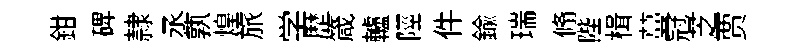
鉗𥓓隷丞孰煌旅学歴箴轤陘件鍮瑞翛陛楫蔓冠芝贾